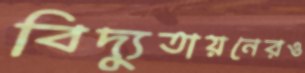
বিদ্যুতায়নেরও